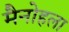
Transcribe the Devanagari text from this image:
मैनोहला